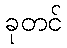
ခုတင်